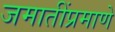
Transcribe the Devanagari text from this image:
जमातींप्रमाणे